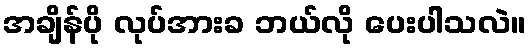
အချိန်ပို လုပ်အားခ ဘယ်လို ပေးပါသလဲ။